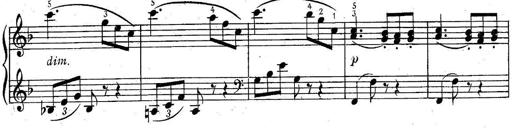
Title: 6 Easy Sonatinas
Composer: Carl Czerny